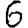
Digit: 6